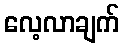
လေ့လာချက်